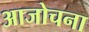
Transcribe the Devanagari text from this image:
आजोचना